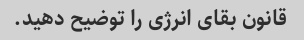
قانون بقای انرژی را توضیح دهید.